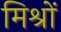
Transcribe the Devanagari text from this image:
मिश्रों